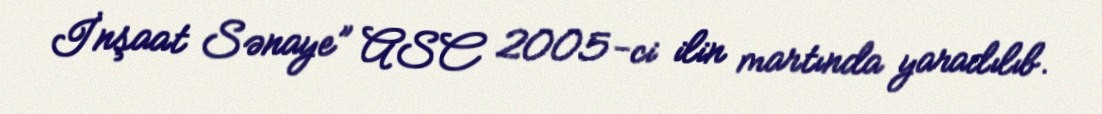
İnşaat Sənaye” ASC 2005-ci ilin martında yaradılıb.